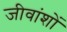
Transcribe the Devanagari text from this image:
जीवांशों